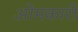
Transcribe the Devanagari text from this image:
ओमकारी